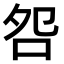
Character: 𫩨